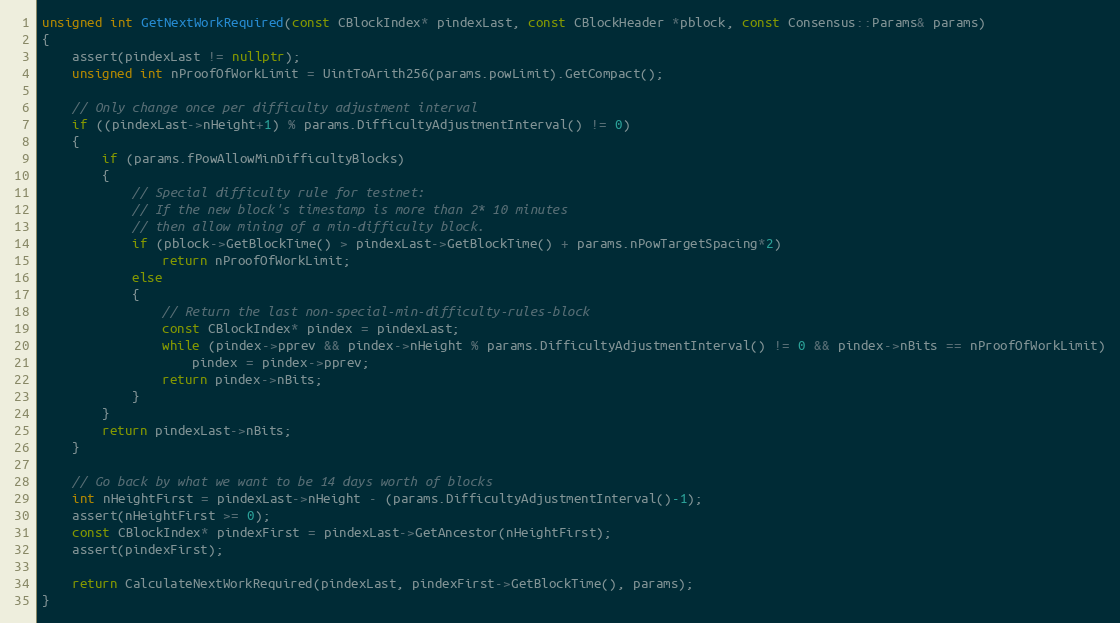
Language: C++
unsigned int GetNextWorkRequired(const CBlockIndex* pindexLast, const CBlockHeader *pblock, const Consensus::Params& params)
{
    assert(pindexLast != nullptr);
    unsigned int nProofOfWorkLimit = UintToArith256(params.powLimit).GetCompact();

    // Only change once per difficulty adjustment interval
    if ((pindexLast->nHeight+1) % params.DifficultyAdjustmentInterval() != 0)
    {
        if (params.fPowAllowMinDifficultyBlocks)
        {
            // Special difficulty rule for testnet:
            // If the new block's timestamp is more than 2* 10 minutes
            // then allow mining of a min-difficulty block.
            if (pblock->GetBlockTime() > pindexLast->GetBlockTime() + params.nPowTargetSpacing*2)
                return nProofOfWorkLimit;
            else
            {
                // Return the last non-special-min-difficulty-rules-block
                const CBlockIndex* pindex = pindexLast;
                while (pindex->pprev && pindex->nHeight % params.DifficultyAdjustmentInterval() != 0 && pindex->nBits == nProofOfWorkLimit)
                    pindex = pindex->pprev;
                return pindex->nBits;
            }
        }
        return pindexLast->nBits;
    }

    // Go back by what we want to be 14 days worth of blocks
    int nHeightFirst = pindexLast->nHeight - (params.DifficultyAdjustmentInterval()-1);
    assert(nHeightFirst >= 0);
    const CBlockIndex* pindexFirst = pindexLast->GetAncestor(nHeightFirst);
    assert(pindexFirst);

    return CalculateNextWorkRequired(pindexLast, pindexFirst->GetBlockTime(), params);
}